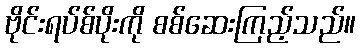
ဗိုင်းရပ်စ်ပိုးကို စစ်ဆေးကြည့်သည်။